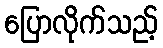
ပြောလိုက်သည့်